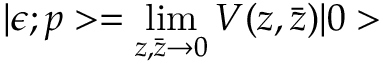
| \epsilon ; p > = \operatorname * { l i m } _ { z , \bar { z } \rightarrow 0 } V ( z , \bar { z } ) | 0 >